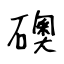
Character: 礇